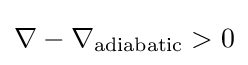
\nabla -\nabla _{\text{adiabatic}}>0